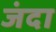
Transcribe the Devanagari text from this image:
जंदा